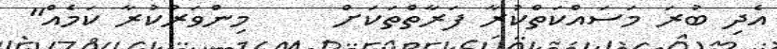
އެދި ބުރަ މަސައްކަތްކުރާ ފަރާތްތަކަށް     މިންވަރުކުރާ ކަމެއް"